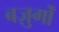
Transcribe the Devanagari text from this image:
बज़ुर्गों